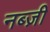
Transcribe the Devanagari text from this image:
नब्ज़ी